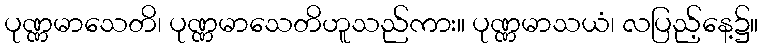
ပုဏ္ဏမာသေတိ၊ ပုဏ္ဏမာသေတိဟူသည်ကား။ ပုဏ္ဏမာသယံ၊ လပြည့်နေ့၌။